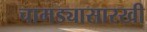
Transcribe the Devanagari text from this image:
चामड्यासारखी